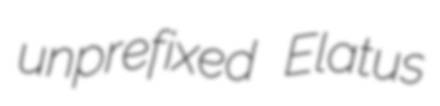
unprefixed Elatus